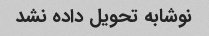
نوشابه تحویل داده نشد